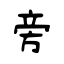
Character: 旁